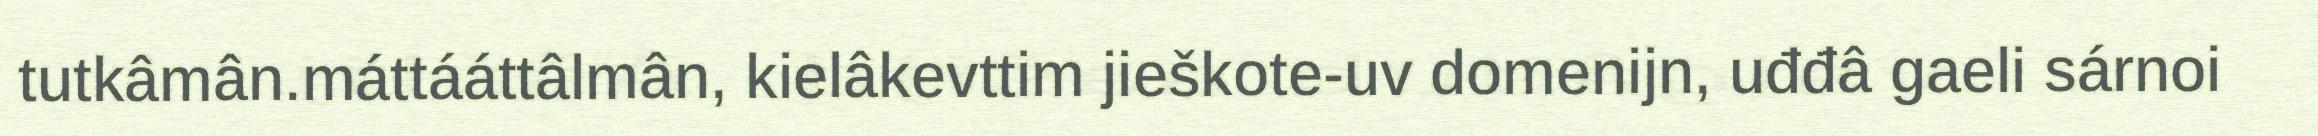
tutkâmân.máttááttâlmân, kielâkevttim jieškote-uv domenijn, uđđâ gaeli sárnoi